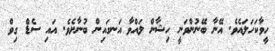
ހީވާކަހަލައެވެ. އޭނާ ބޭނުންވަނީ ހިޝާން ލައްވާ އަނގައިން ބުނާށެވެ. އައި ސެޑް ގިވް